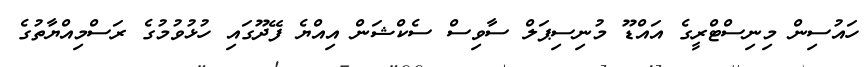
ހައުސިން މިނިސްޓްރީގެ އައްޑޫ މުނިސިޕަލް ސާވިސް ސެކްޝަން އިއްޔެ ފޭދޫގައި ހުޅުވުމުގެ ރަސްމިއްޔާތުގެ